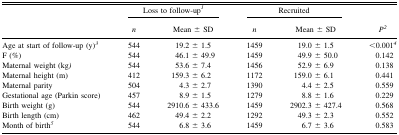
<table><thead><tr><td></td><td colspan="2"><b>Loss to follow-up<i><sup>1</sup></i></b></td><td colspan="2"><b>Recruited</b></td><td></td></tr><tr><td></td><td><b><i>n</i></b></td><td><b>Mean ± SD</b></td><td><b><i>n</i></b></td><td><b>Mean ± SD</b></td><td><b><i><sup>2</sup></i></b></td></tr></thead><tbody><tr><td>Age at start of follow-up (y)<i><sup>3</sup></i></td><td>544</td><td>19.2 ± 1.5</td><td>1459</td><td>19.0 ± 1.5</td><td>&lt;0.001<i><sup>4</sup></i></td></tr><tr><td>F (%)</td><td>544</td><td>46.1 ± 49.9</td><td>1459</td><td>49.9 ± 50.0</td><td>0.142</td></tr><tr><td>Maternal weight (kg<i>)</i></td><td>544</td><td>53.6 ± 7.4</td><td>1456</td><td>52.9 ± 6.9</td><td>0.138</td></tr><tr><td>Maternal height (m)</td><td>412</td><td>159.3 ± 6.2</td><td>1172</td><td>159.0 ± 6.1</td><td>0.441</td></tr><tr><td>Maternal parity</td><td>504</td><td>4.3 ± 2.7</td><td>1390</td><td>4.4 ± 2.5</td><td>0.559</td></tr><tr><td>Gestational age (Parkin score)</td><td>457</td><td>8.9 ± 1.5</td><td>1279</td><td>8.8 ± 1.6</td><td>0.229</td></tr><tr><td>Birth weight (g)</td><td>544</td><td>2910.6 ± 433.6</td><td>1459</td><td>2902.3 ± 427.4</td><td>0.568</td></tr><tr><td>Birth length (cm)</td><td>462</td><td>49.4 ± 2.2</td><td>1292</td><td>49.3 ± 2.3</td><td>0.552</td></tr><tr><td>Month of birth<i><sup>5</sup></i></td><td>544</td><td>6.8 ± 3.6</td><td>1459</td><td>6.7 ± 3.6</td><td>0.583</td></tr></tbody></table>